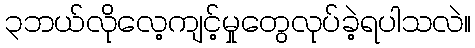
၃ဘယ်လိုလေ့ကျင့်မှုတွေလုပ်ခဲ့ရပါသလဲ။